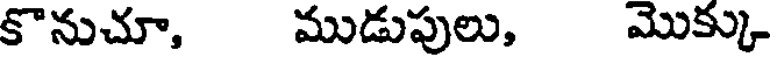
కొనుచూ, ముడుపులు, మొక్కు